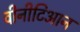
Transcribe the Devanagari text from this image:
वीनीटिआन